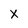
Character: X